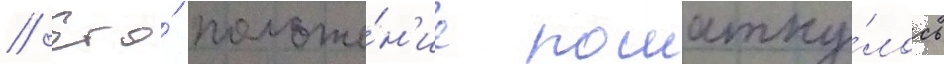
// Его́ положе́н'ие пошатну́лось